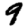
Digit: 9